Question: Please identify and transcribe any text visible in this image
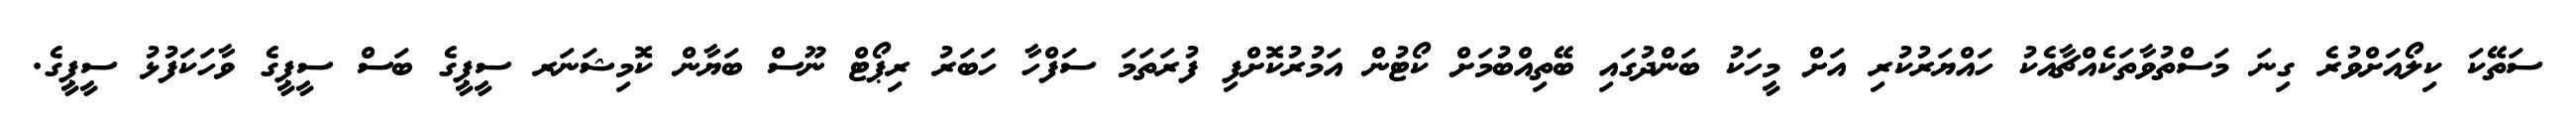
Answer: ސަތޭކަ ކިލޯއަށްވުރެ ގިނަ މަސްތުވާތަކެއްޗާއެކު ހައްޔަރުކުރި އަށް މީހަކު ބަންދުގައި ބޭތިއްބުމަށް ކޯޓުން އަމުރުކޮށްފި ފުރަތަމަ ސަފްހާ ހަބަރު ރިޕޯޓް ނޫސް ބަޔާން ކޮމިޝަނަރ ސީޕީގެ ބަސް ސީޕީގެ ވާހަކަފުޅު ސީޕީގެ.